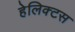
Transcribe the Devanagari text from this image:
हेलिक्टस